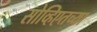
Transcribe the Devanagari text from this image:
सोव्हिएतच्या